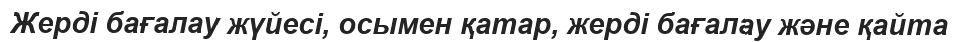
Жерді бағалау жүйесі, осымен қатар, жерді бағалау және қайта